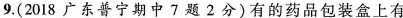
9.(2018广东普宁期中7题2分)有的药品包装盒上有